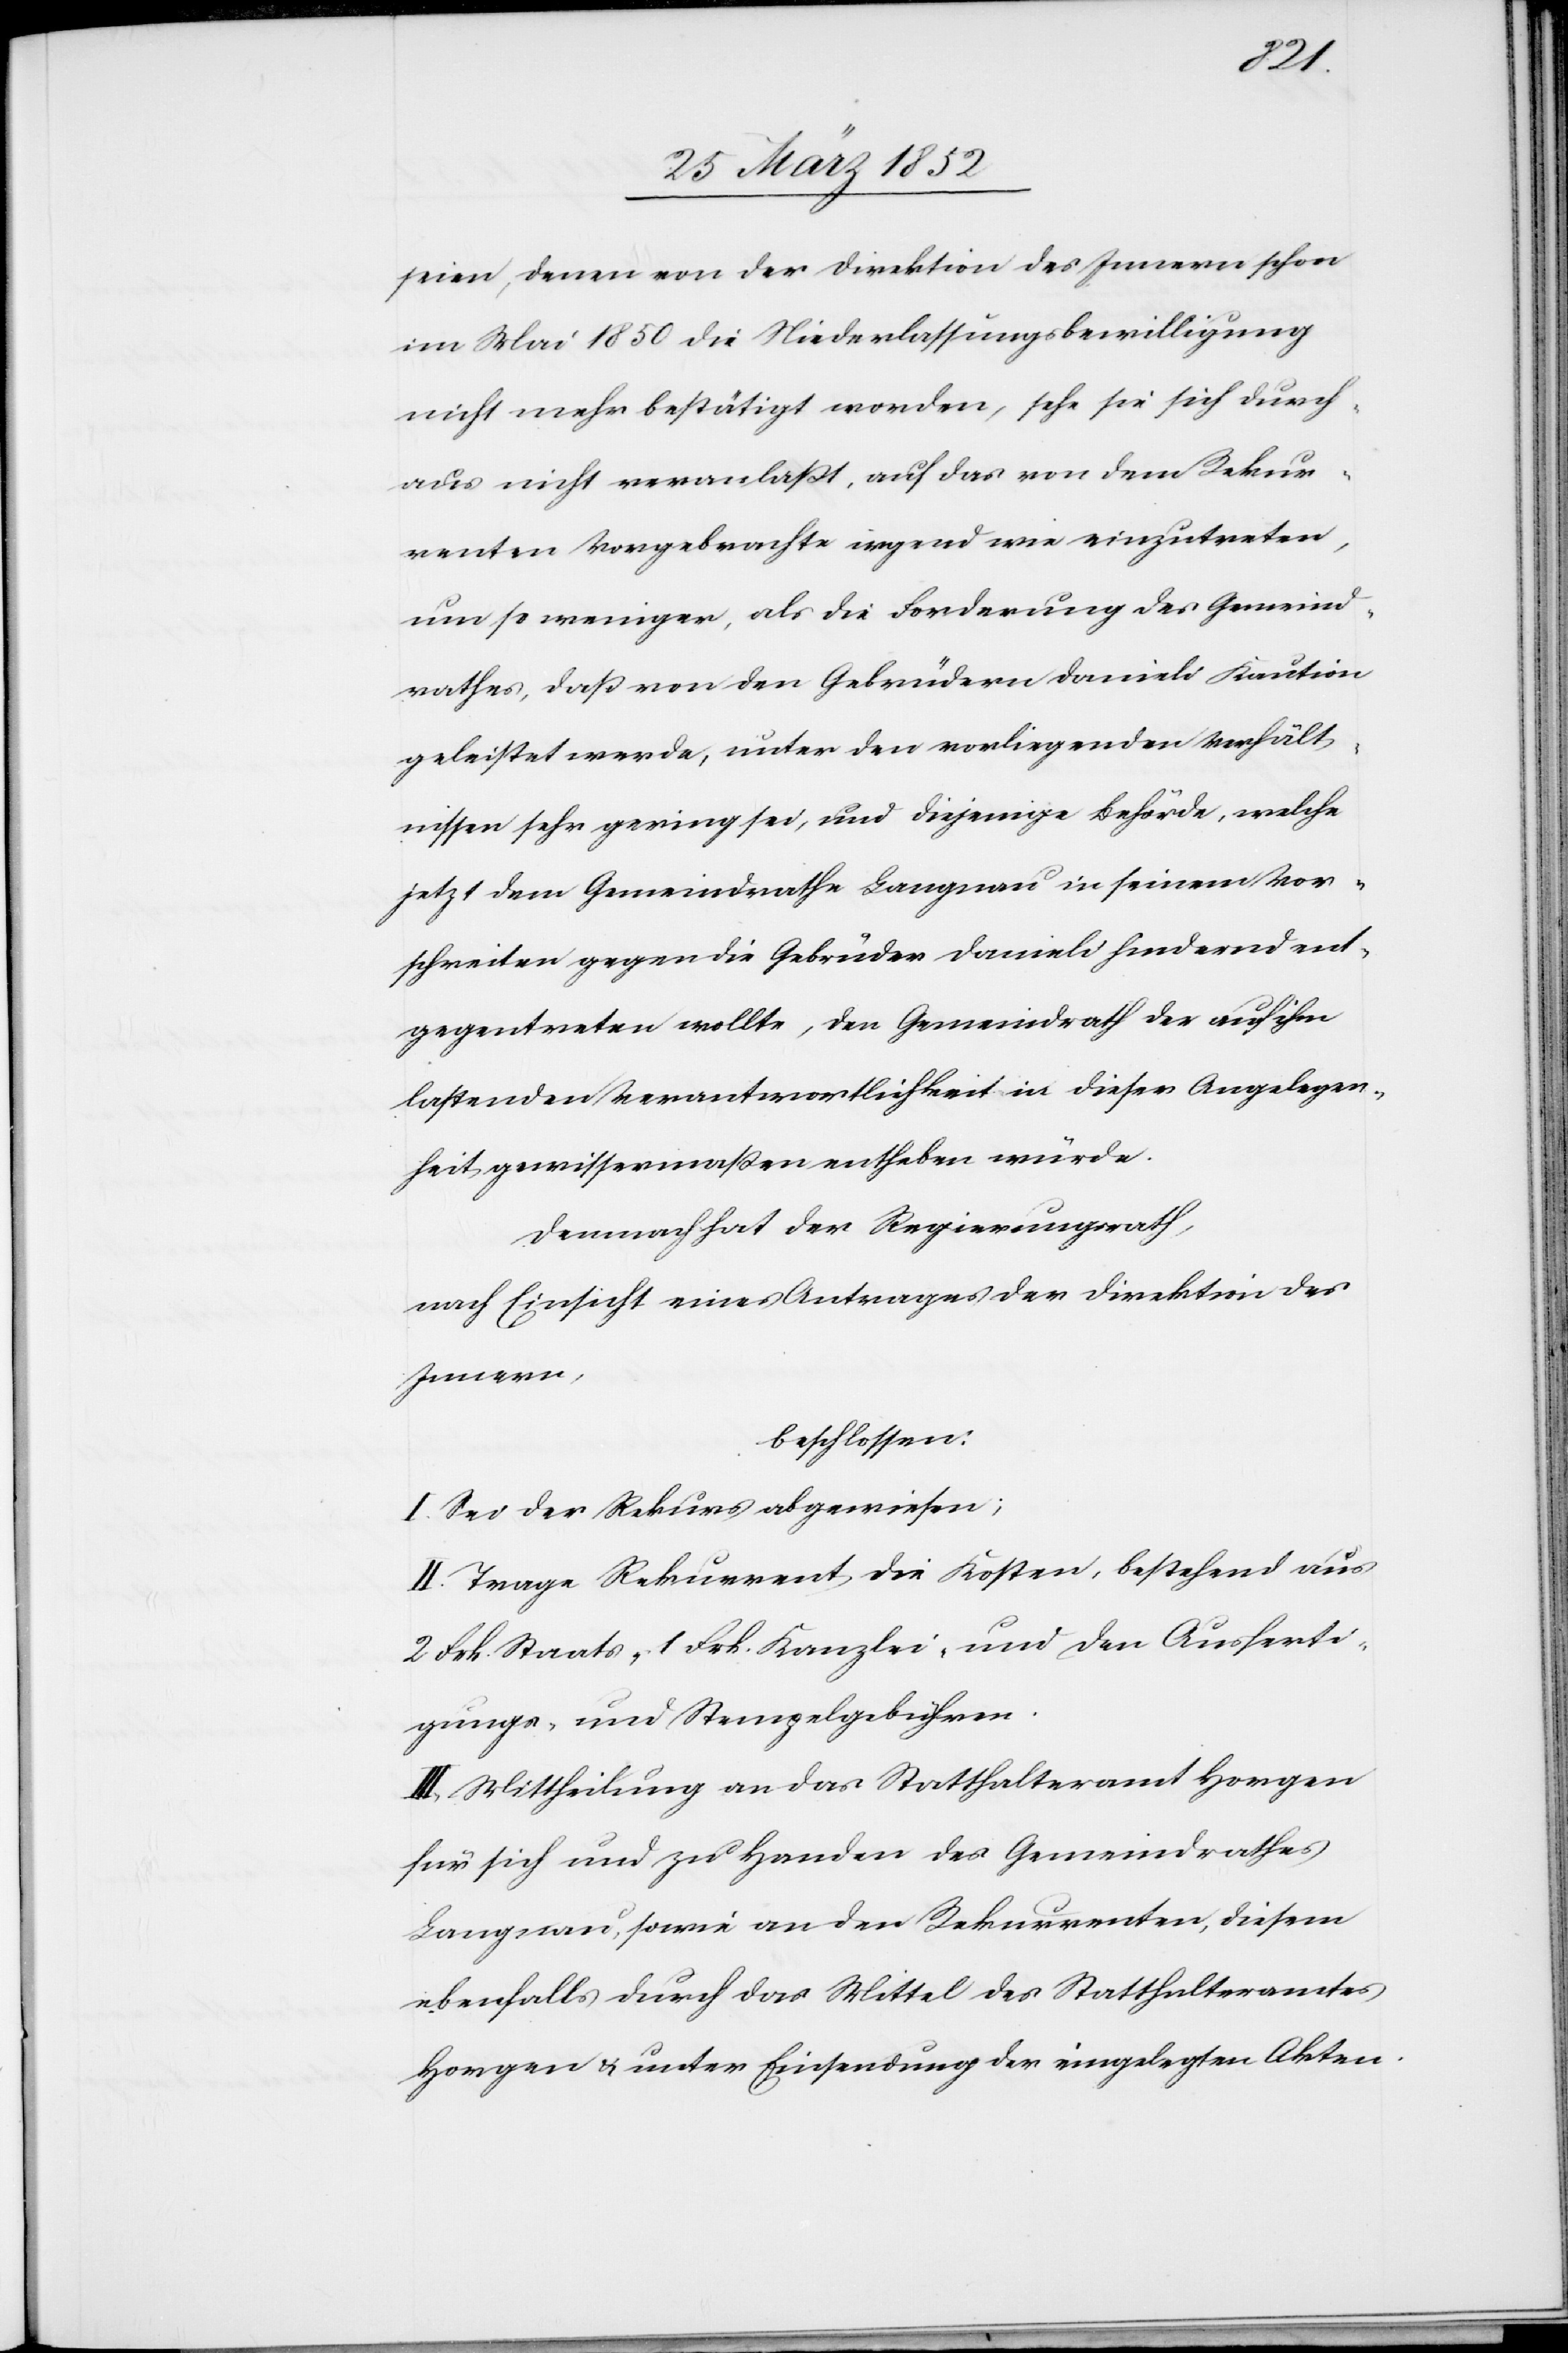
seien, denen von der Direktion des Innern schon
im Mai 1850 die Niederlassungsbewilligung
nicht mehr bestätigt worden, sehe sie sich durch¬
aus nicht veranlaßt, auf das von dem Rekur¬
renten Vorgebrachte irgend wie einzutreten,
um so weniger, als die Forderung des Gemeind¬
rathes, daß von den Gebrüdern Danieli Kaution
geleistet werde, unter den vorliegenden Verhält¬
nissen sehr gering sei, und diejenige Behörde, welche
jetzt dem Gemeindrathe Langnau in seinem Vor¬
schreiten gegen die Gebrüder Danieli hindernd ent¬
gegentreten wollte, den Gemeindrath der auf ihm
lastenden Verantwortlichkeit in dieser Angelegen¬
heit gewissermaßen entheben würde.
Demnach hat der Regierungsrath,
nach Einsicht eines Antrages der Direktion des
Innern,
beschlossen:
I. Sei der Rekurs abgewiesen;
II. Trage Rekurrent die Kosten, bestehend aus
2 Frk. Staats- 1 Frk. Kanzlei- und den Ausferti¬
gungs- und Stempelgebühren.
III. Mittheilung an das Statthalteramt Horgen
für sich und zu Handen des Gemeindrathes
Langnau, sowie an den Rekurrenten, diesem
ebenfalls durch das Mittel des Statthalteramtes
Horgen u. unter Einsendung der eingelegten Akten.